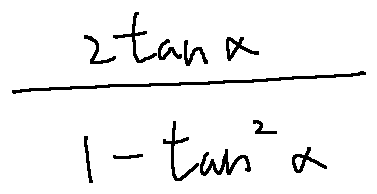
\frac { 2 \tan \alpha } { 1 - \tan ^ { 2 } \alpha }